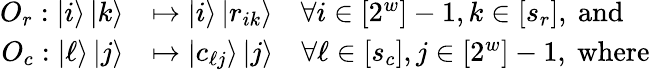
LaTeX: \begin{array}{rl}{O_{r}:\left|{i}\right\rangle\left|{k}\right\rangle}&{\mapsto\left|{i}\right\rangle\left|{r_{ik}}\right\rangle\quad\forall i\in[2^{w}]-1,k\in[s_{r}],~\mathrm{and}}\\ {O_{c}:\left|{\ell}\right\rangle\left|{j}\right\rangle}&{\mapsto\left|{c_{\ell j}}\right\rangle\left|{j}\right\rangle\quad\forall\ell\in[s_{c}],j\in[2^{w}]-1,~\mathrm{where}}\end{array}